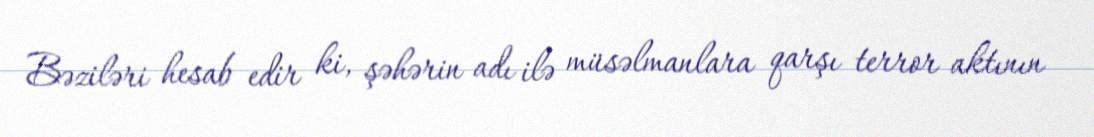
Bəziləri hesab edir ki, şəhərin adı ilə müsəlmanlara qarşı terror aktının